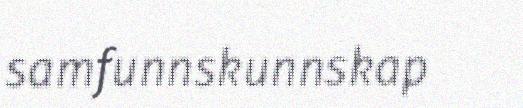
samfunnskunnskap